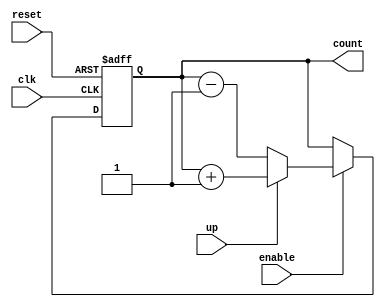
module up_down_counter (
    input wire clk,        // Clock signal
    input wire reset,      // Asynchronous reset
    input wire up,         // Counting direction (up/down)
    input wire enable,     // Counting enable
    output reg [3:0] count // 4-bit count output
);

    // Asynchronous reset and counting logic
    always @(posedge clk or posedge reset) begin
        if (reset) begin
            count <= 4'b0000; // Reset the counter to 0
        end
        else if (enable) begin
            if (up) begin
                count <= count + 1; // Count up
            end
            else begin
                count <= count - 1; // Count down
            end
        end
        // If enable is low, do nothing (hold state)
    end
    
endmodule